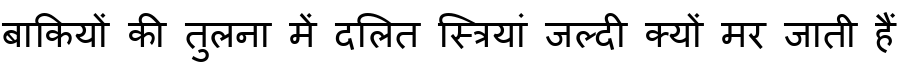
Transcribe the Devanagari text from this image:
बाकियों की तुलना में दलित स्त्रियां जल्दी क्यों मर जाती हैं